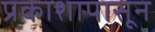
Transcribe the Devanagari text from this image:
प्रकाशापासून